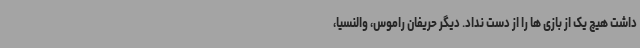
داشت هیچ یک از بازی ها را از دست نداد. دیگر حریفان راموس، والنسیا،